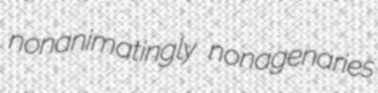
nonanimatingly nonagenaries